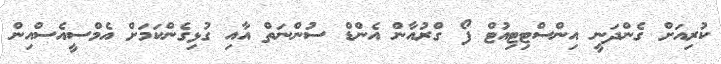
ކުރިއަށް ގެންދަނީ އިންސްޓިޓިއުޓް ފޯ ގްރުއާން އެންޑް ސުންނަތް އާއި ގުޅިގެންކަމަށް އެމްސީއެސްއިން